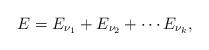
LaTeX: \begin{align*}E = E_{\nu_1} + E_{\nu_2} + \cdots E_{\nu_k},\end{align*}